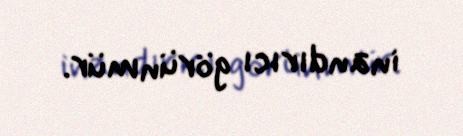
inandırıcı görünmür.